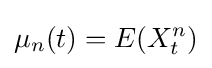
\mu _{n}(t)=E(X_{t}^{n})